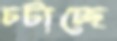
চটাচ্ছে